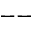
--